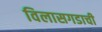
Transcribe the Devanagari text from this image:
विलासगडाची